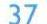
37